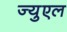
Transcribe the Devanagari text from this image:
ज्युएल